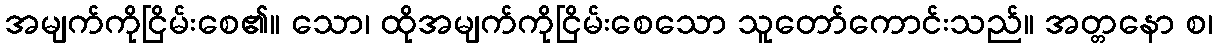
အမျက်ကိုငြိမ်းစေ၏။ သော၊ ထိုအမျက်ကိုငြိမ်းစေသော သူတော်ကောင်းသည်။ အတ္တနော စ၊